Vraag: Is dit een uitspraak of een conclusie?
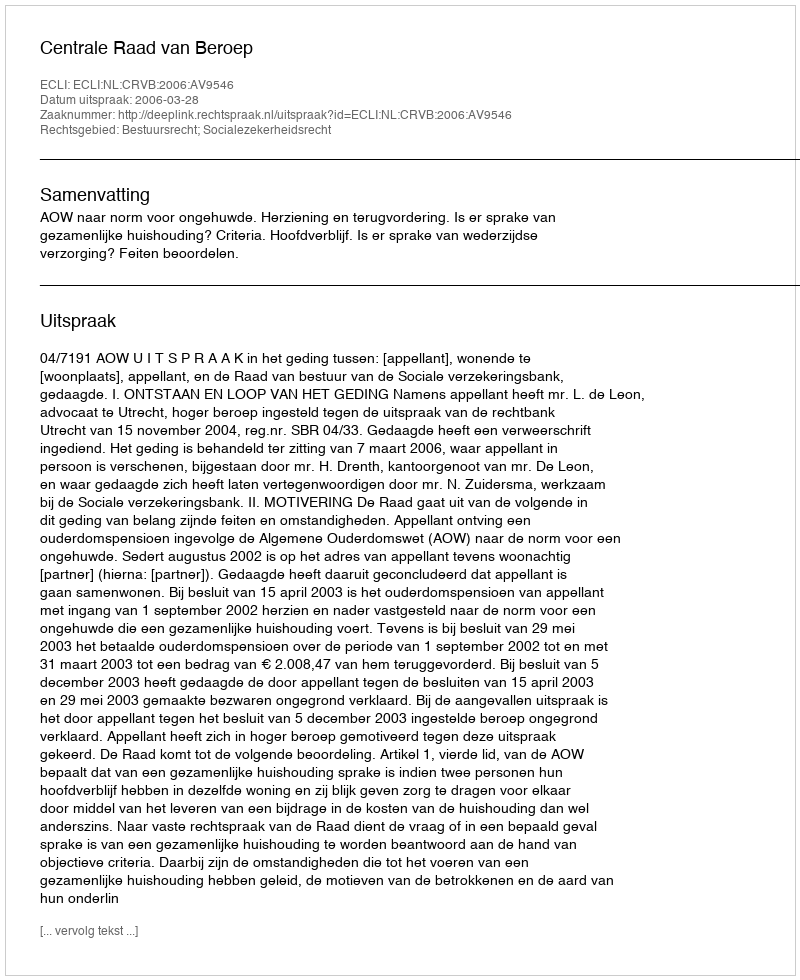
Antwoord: Uitspraak